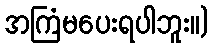
အကြံမပေးရပါဘူး။)